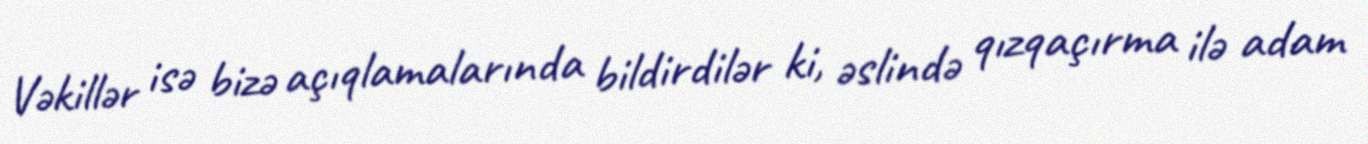
Vəkillər isə bizə açıqlamalarında bildirdilər ki, əslində qızqaçırma ilə adam